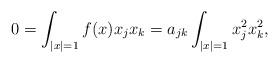
LaTeX: \begin{align*}0 = \int _{|x|=1} f(x)x_j x_k = a_{jk} \int _{|x|=1} x_j^2 x_k ^2,\end{align*}